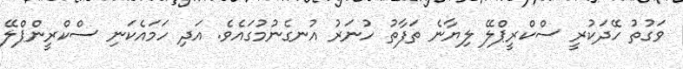
ވަގުތު ހޭދަކުރީ ސްކްރީޕްލޭ ލިޔާނެ ތަފާތު ހުނަރު އުނގެނުމުގައެވެ. އަދި ހަމައެކަނި ސްކްރީންޕްލޭ